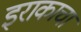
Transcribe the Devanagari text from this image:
इराकाचा